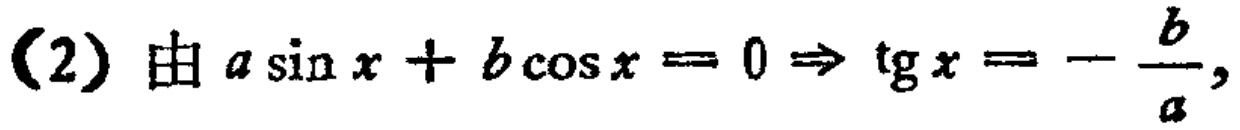
(2) 由 \(a\sin x + b\cos x = 0\Rightarrow \text{tg}x = -\frac{b}{a}\)